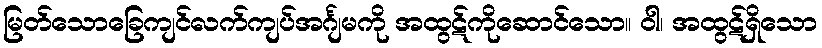
မြတ်သောခြေကျင်လက်ကျပ်အင်္ဂျမကို အထွဋ်ကိုဆောင်သော။ ဝါ၊ အထွဋ်ရှိသော